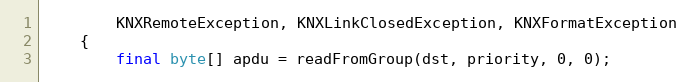
Language: Java
		KNXRemoteException, KNXLinkClosedException, KNXFormatException
	{
		final byte[] apdu = readFromGroup(dst, priority, 0, 0);